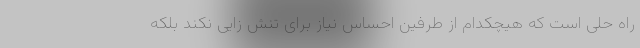
راه حلی است که هیچکدام از طرفین احساس نیاز برای تنش زایی نکند بلکه